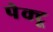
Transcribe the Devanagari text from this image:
पेक्टू